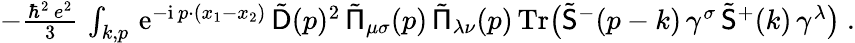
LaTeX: \begin{array}{r}{-\frac{\hbar^{2}\, e^{2}}3\, \int_{k,p}\, {\mathrm{e}}^{-{\mathrm{i}}\, p\cdot(x_{1}-x_{2})}\, \tilde{\mathsf{D}}(p)^{2}\, \tilde{\mathsf{\Pi}}_{\mu\sigma}(p)\, \tilde{\mathsf{\Pi}}_{\lambda\nu}(p)\, \mathrm{Tr}\big(\tilde{\mathsf{S}}^{-}(p-k)\, \gamma^{\sigma}\, \tilde{\mathsf{S}}^{+}(k)\, \gamma^{\lambda}\big)\ .}\end{array}